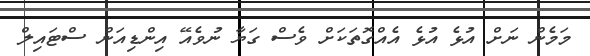
މަމެން ނަށް އުޅެ އުޅެ އެއްގޮތަކަށް ވެސް ގަޔާ ނުވެއޭ އިންޑިއަން ސްޓައިލް